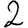
Digit: 2